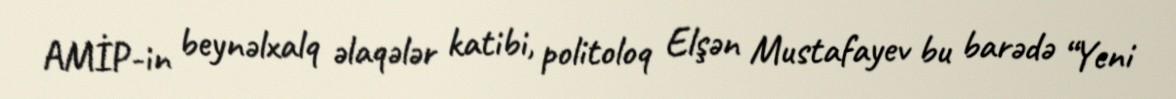
AMİP-in beynəlxalq əlaqələr katibi, politoloq Elşən Mustafayev bu barədə “Yeni